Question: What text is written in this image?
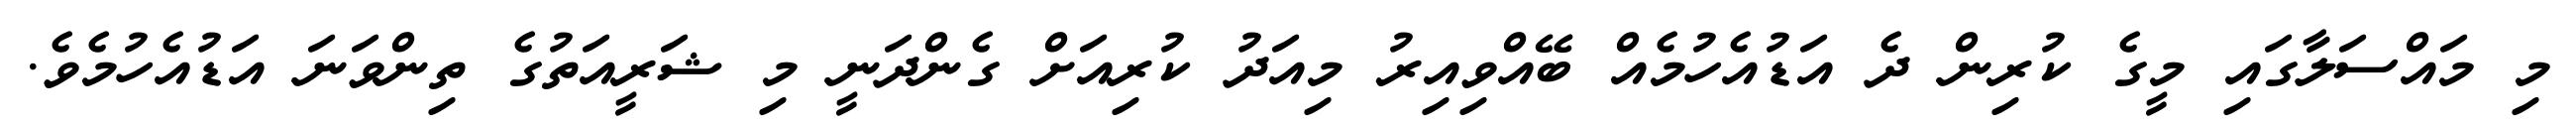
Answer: މި މައްސަލާގައި މީގެ ކުރިން ދެ އަޑުއެހުމެއް ބޭއްވިއިރު މިއަދު ކުރިއަށް ގެންދަނީ މި ޝަރީއަތުގެ ތިންވަނަ އަޑުއެހުމެވެ.